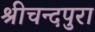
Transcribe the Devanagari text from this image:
श्रीचन्दपुरा